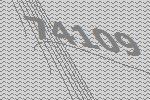
74109